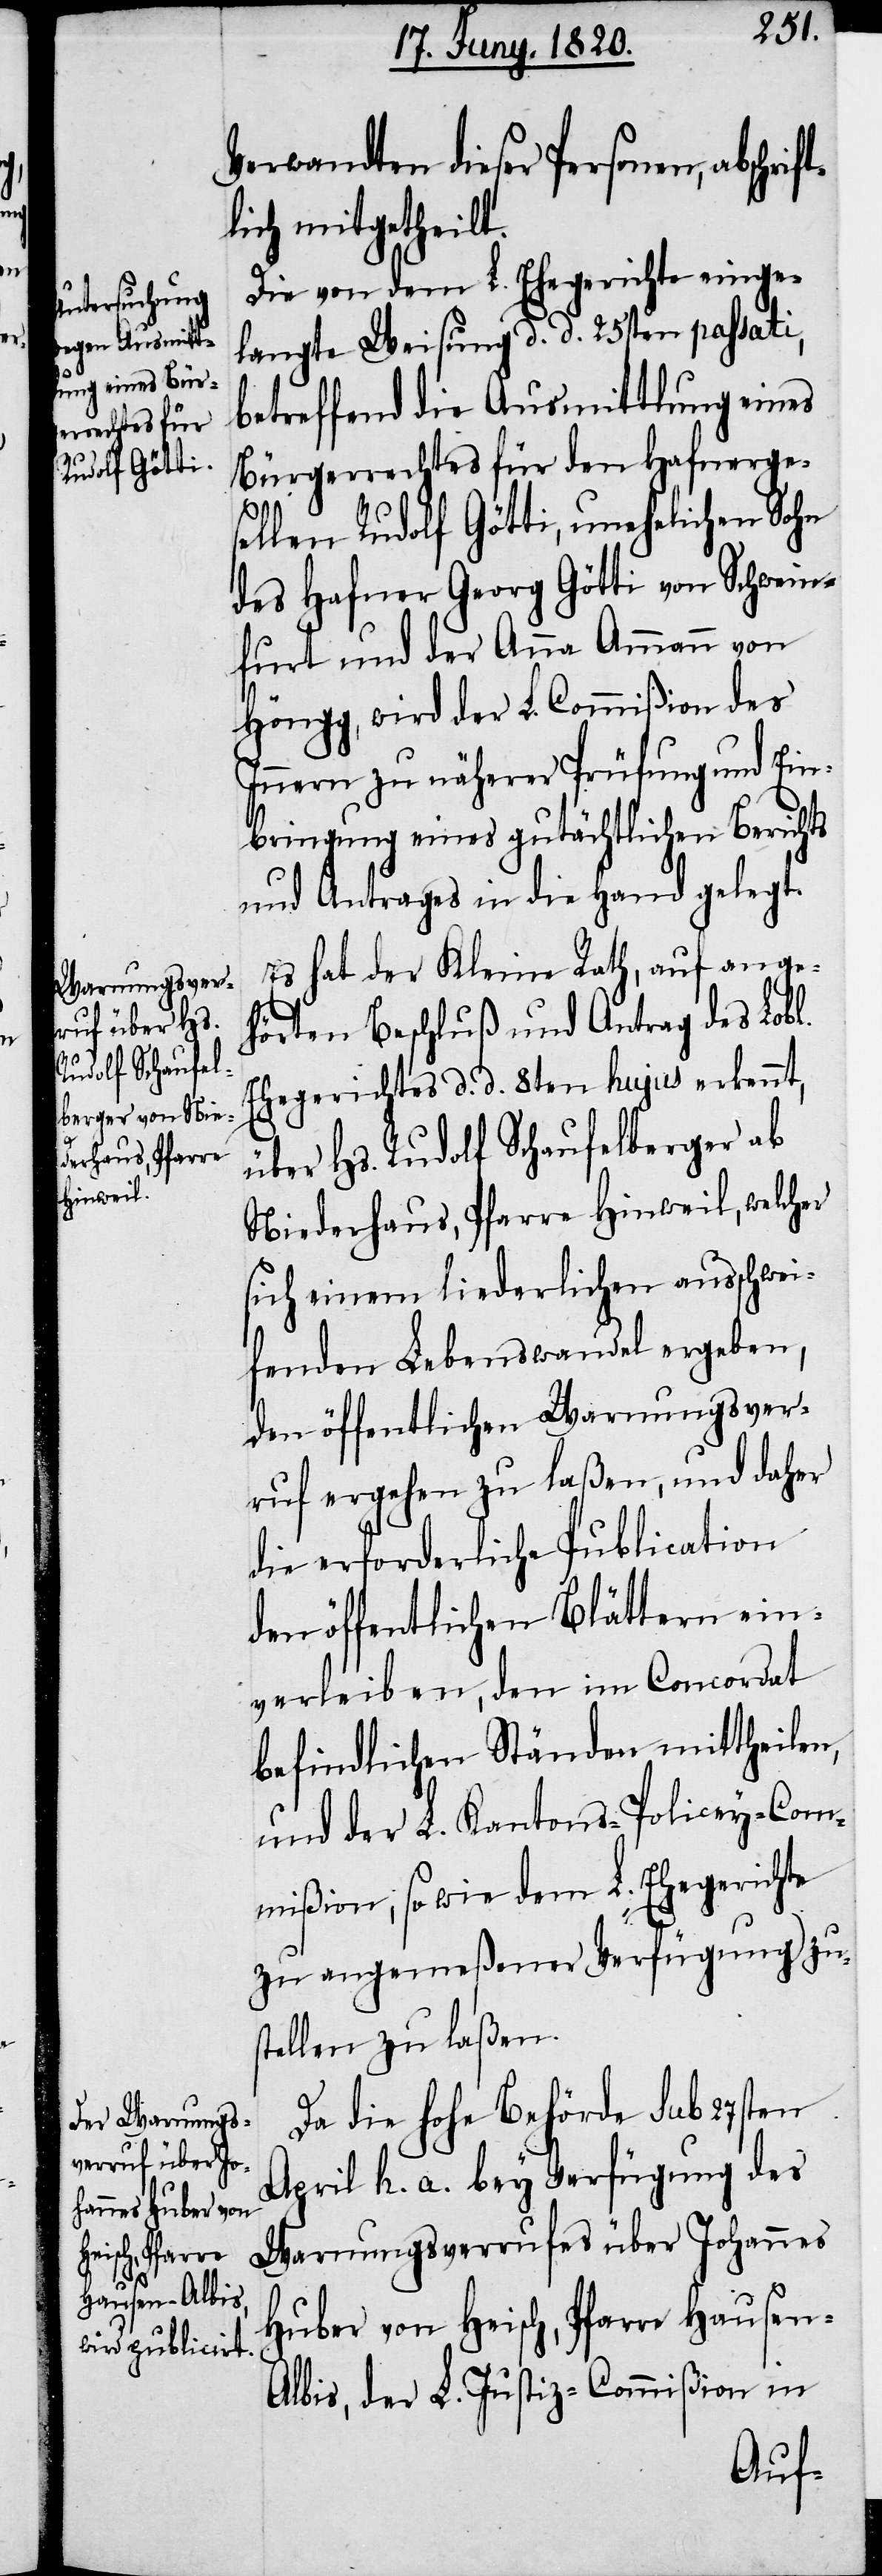
ein¬

Verwandten dieser Personen, abschri¬
lich mitgetheilt.
Die von dem L. Ehegerichte einge¬
langte Weisung d. d. 25sten passati,
betreffend die Ausmittlung eines
Bürgerrechtes für den Hafnerges¬
ft¬
ellen Rudolf Götti, unehelichen Sohn
des Hafner Georg Götti von Schwein¬
furt und der Anna Ammann von
Höngg, wird der L. Commiβion des
Innern zu näherer Prüfung und Ein¬
bringung eines gutächtlichen Berichts
und Antrages in die Hand gelegt.
Es hat der Kleine Rath, auf ange¬
hörten Beschluss und Antrag des Lobl
.Ehegerichtes d. d. 8ten hujus erkennt,
über Hs. Rudolf Schaufelberger ab
Niederhaus, Pfarre Hinweil, welcher
sich einem liederlichen ausschwei¬
fendem Lebenswandel ergeben,
den öffentlichen Warnungsver¬
ruf ergehen zu laßen, und daher
die erforderlichen Blättern
verleiben, den im Concordat
befindlichen Ständen mittheilen,
und der L. Kantons-Policey-Com¬
miβion, wobei dem L. Ehegerichte
zu angemeßener Verfügung zu¬
stellen zu laßen.
Da die hohe Behörde sub 27sten
April h. a. bey Verfügung des
Warnungsverrufes über Johannes
Huber von Heisch, Pfarre Hausen-A¬
lbis, der L. Justiz-Commiβion in